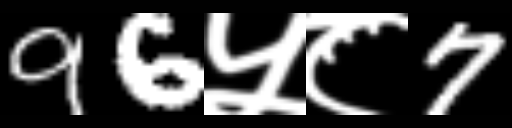
Text: 96५८7